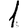
Digit: 1